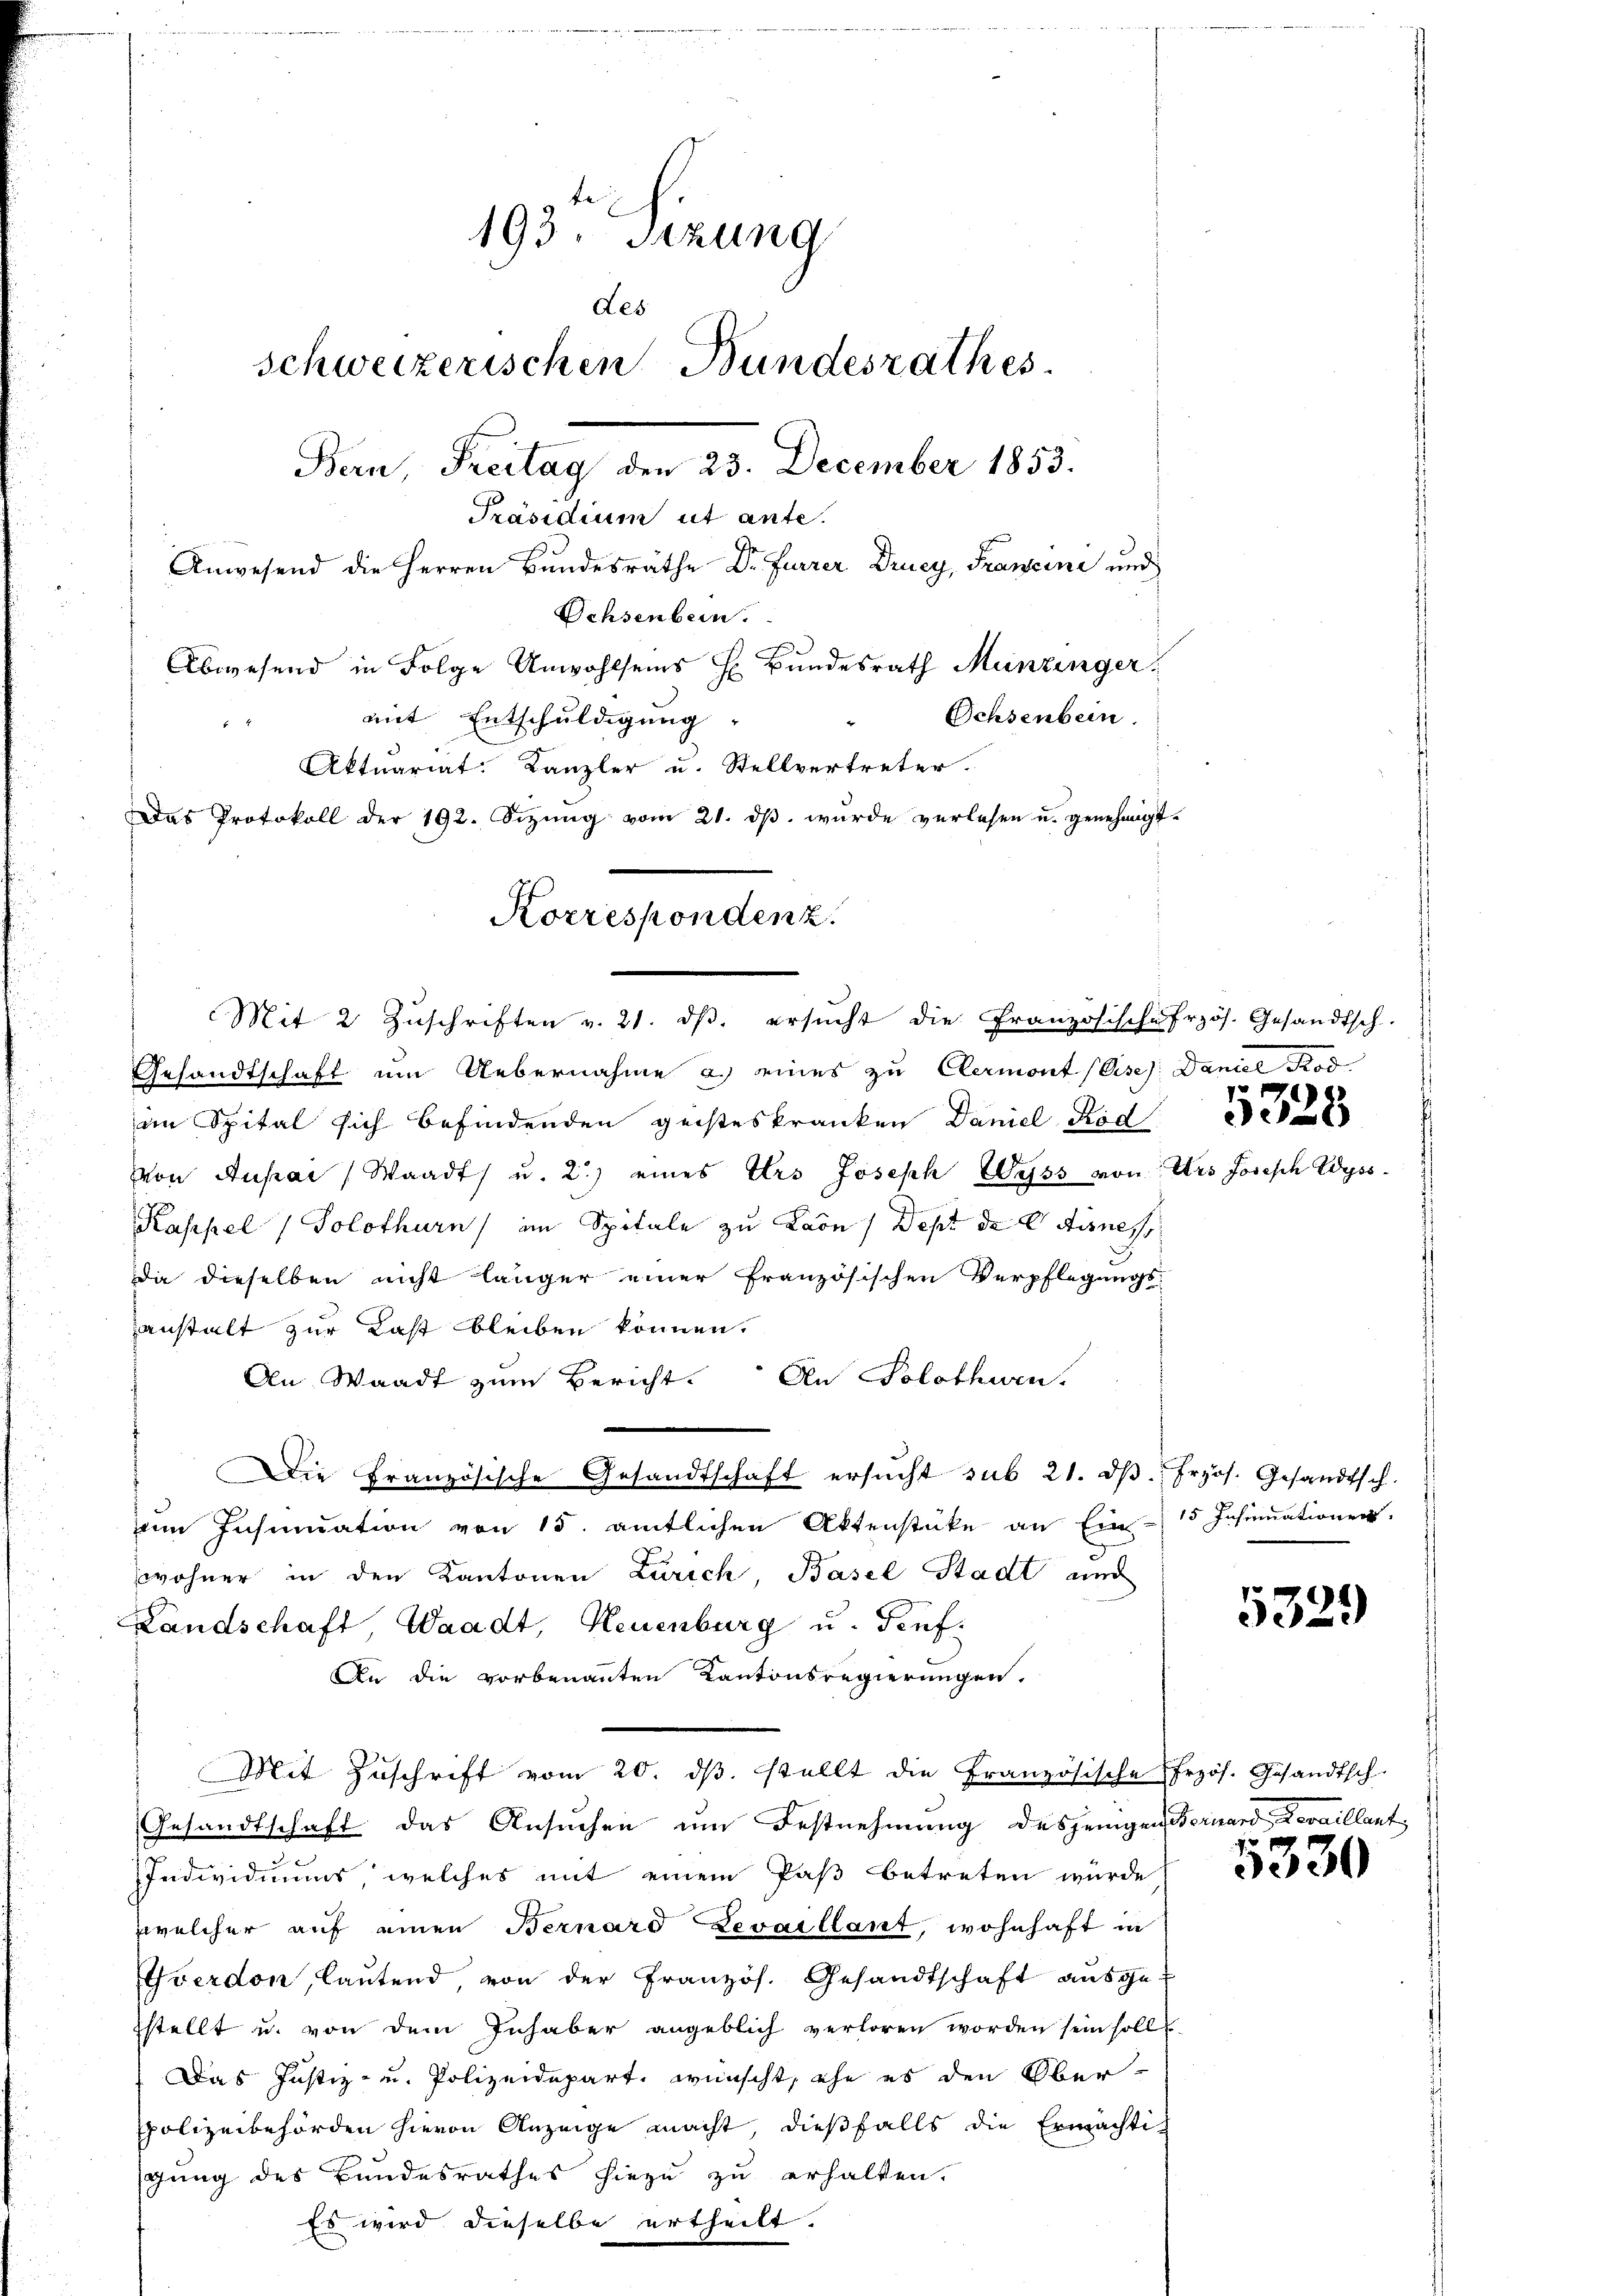
193 Sizung
des
schweizerischen Bundesrathes.
Bern, Freitag den 23. December 1853.
Präsidium ut ante.
Anwesend die Herren Bundesräthe Dr. Furrer Drucy, Francini und
Ochsenbein.
Abwesend in Folge Unwohlseins H Bundesrath Menzinger
Ochsenbein.
mit Entschuldigung
Aktuariat. Kanzler u. Stellvertreter.
Das Protokoll der 192. Sizŭng vom 21. dβ. wurde verlesen u. genehmigt.

Korrespondenz.
Mit 2 Zŭschriften v. 21. dβ. ersŭcht die Französische Erzös. Gesandtsch-

Gesandtschaft um Uebernahme a. eines zu Clermont (Gise: Daniel Kod
im Spital sich befindenden geisteskranken Daniel Rede al
Von Ausar (Waadt u. 2) eines Urs Joseph Wyss von Urs Joseph Wyss
Kappel (Solothurn im Spitale zu Laon/Dept de C Aisness
die dieselben nicht länger einer französischen Verpflegungsanstalt zur Last bleiben können.
An Waadt zum Bericht. An Solothurn.
zum Insinuation von 15. amtlichen Aktenstücke an Ein- 15 Insinuationen
wohner in den Kantonen Zürich, Basel Stadt und
Landschaft, Waadt, Neuenburg u. Genf.
An die vorbenannten Kantonsregierungen.
Mit Zŭschrift vom 20. dβ. stellt die Französische frzös. Gesandtsch-
Gesandtschaft das Ansuchen um Festnehmung desjenigen Bernard, devaillant
Individiums, welches mit einem Paß betreten würde
zwelcher auf einen Bernard Zevaillant, wohnhaft in
Yverdon, laŭtend, von der Französ. Gesandtschaft aŭsge-
sstellt u. von dem Inhaber angeblich verloren worden sein soll
Das Justiz- und Polizeidepart, wünscht, ehe es den Ober-
polizeibehörden hievon Anzeige macht, dießfalls die Ermächtig
gung des Bandesrathes hiezu zu erhalten.
Es wird dieselbe ertheilt.

Die Französische Gesandtschaft ersŭcht sub 21. dβ frzös. Gesandtsch.

2

5329

5330